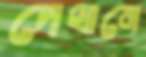
দেখানে